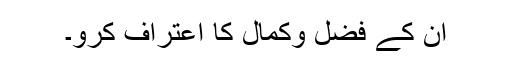
ان کے فضل وکمال کا اعتراف کرو۔